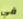
في